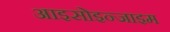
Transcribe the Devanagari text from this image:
आइसोइन्जाइम